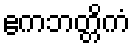
ဧကဘတ္တိကံ